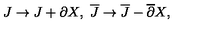
J \to J + \partial X , \ { \overline { J } } \to { \overline { J } } - { \overline { \partial } } X ,